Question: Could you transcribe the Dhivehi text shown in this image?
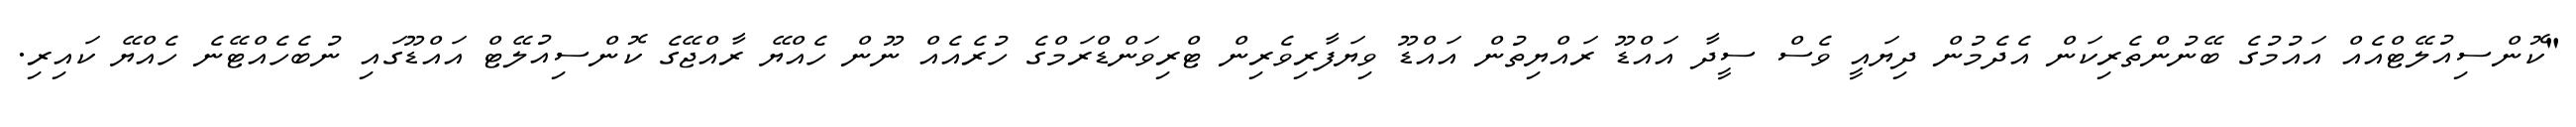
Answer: "ކޮންސިއުލޭޓްއެއް އައުމުގެ ބޭނުންތެރިކަން އެދެމުން ދިޔައީ ވެސް ސީދާ އައްޑޫ ރައްޔިތުން އައްޑޫ ވިޔަފާރިވެރިން ޓްރިވަންޑްރަމްގެ ހުރެއެއް ނޫން ހެއްޔޭ ރާއްޖޭގެ ކޮންސިއުލޭޓް އައްޑޫގައި ނުބެހެއްޓޭނެ ހެއްޔޭ ކައިރި.